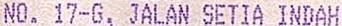
NO. 17-G, JALAN SETIA INDAH